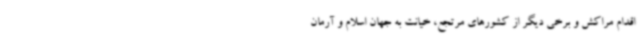
اقدام مراکش و برخی دیگر از کشورهای مرتجع، خیانت به جهان اسلام و آرمان